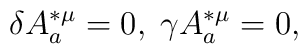
\delta A_{a}^{*\mu }=0,\;\gamma A_{a}^{*\mu }=0,